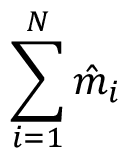
\sum _ { i = 1 } ^ { N } \hat { m } _ { i }